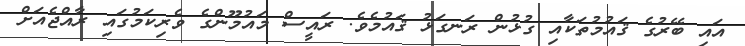
އައި ބޭރުގެ ޤައުމުތަކާއި ގުޅުން ރަނގަޅު ޤައުމެވެ. ރައީސް މައުމޫންގެ ވެރިކަމުގައި ރާއްޖެއަށް